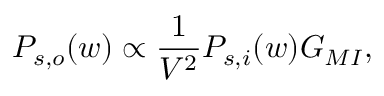
P _ { s , o } ( w ) \propto \frac { 1 } { V ^ { 2 } } P _ { s , i } ( w ) G _ { M I } ,